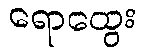
ရောထွေး